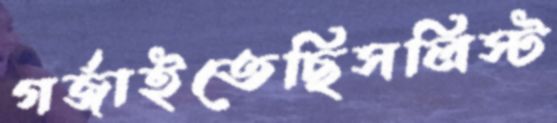
গর্‌জাইতেছিসলিস্ট